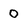
Character: 0